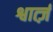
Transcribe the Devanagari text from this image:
श्वार्त्ज़